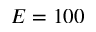
E = 1 0 0